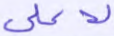
لأعلى